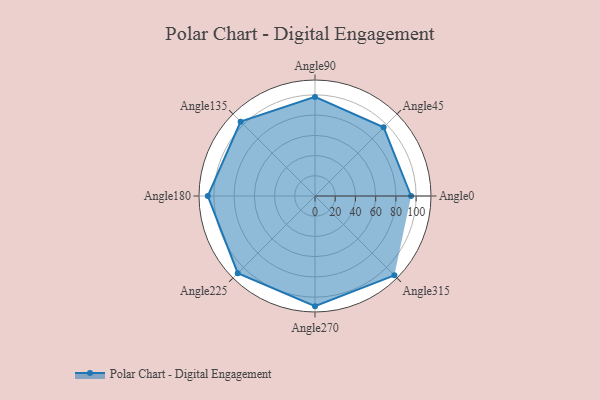
{"axis": {"x": "Angle", "y": "Radius"}, "legend": [""], "data": [{"x": "Angle0", "y": 95.0, "type": ""}, {"x": "Angle45", "y": 96.0, "type": ""}, {"x": "Angle90", "y": 98.0, "type": ""}, {"x": "Angle135", "y": 104.0, "type": ""}, {"x": "Angle180", "y": 106.0, "type": ""}, {"x": "Angle225", "y": 108.0, "type": ""}, {"x": "Angle270", "y": 109.0, "type": ""}, {"x": "Angle315", "y": 111.0, "type": ""}]}